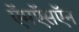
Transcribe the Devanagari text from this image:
ऍमऍसऍन